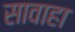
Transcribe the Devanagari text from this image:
सावाहा